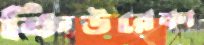
কিউরেকা